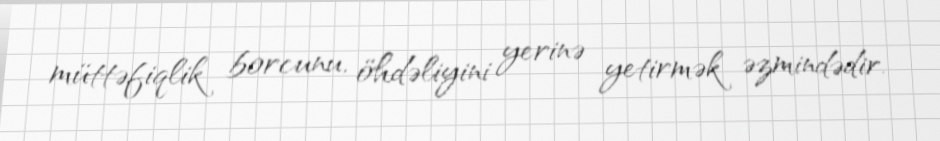
müttəfiqlik borcunu, öhdəliyini yerinə yetirmək əzmindədir.